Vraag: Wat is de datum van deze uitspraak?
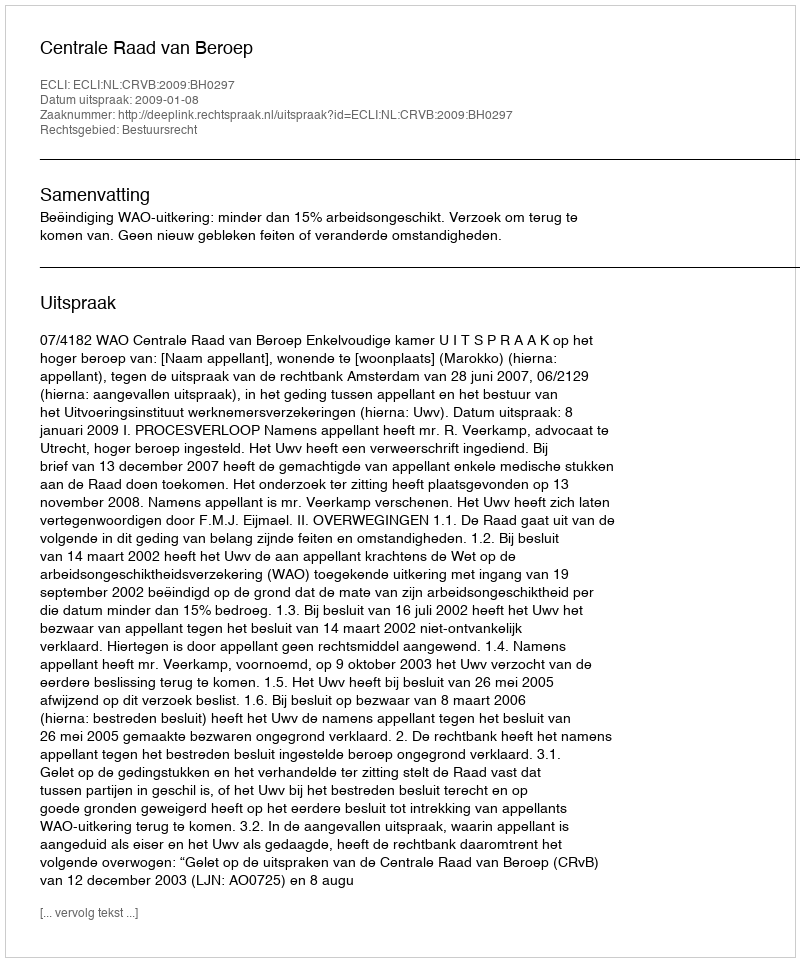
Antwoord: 2009-01-08